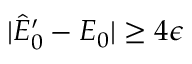
| \hat { E } _ { 0 } ^ { \prime } - E _ { 0 } | \geq 4 \epsilon